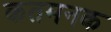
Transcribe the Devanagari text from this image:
कतमनक